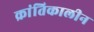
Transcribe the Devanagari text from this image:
क्रांतिकालीन